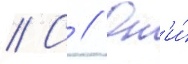
// С // Он'и́